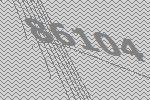
86104